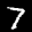
Label: 7